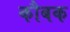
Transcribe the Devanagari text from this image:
कौबक